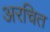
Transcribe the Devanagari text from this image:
अरचित